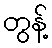
တွန့်